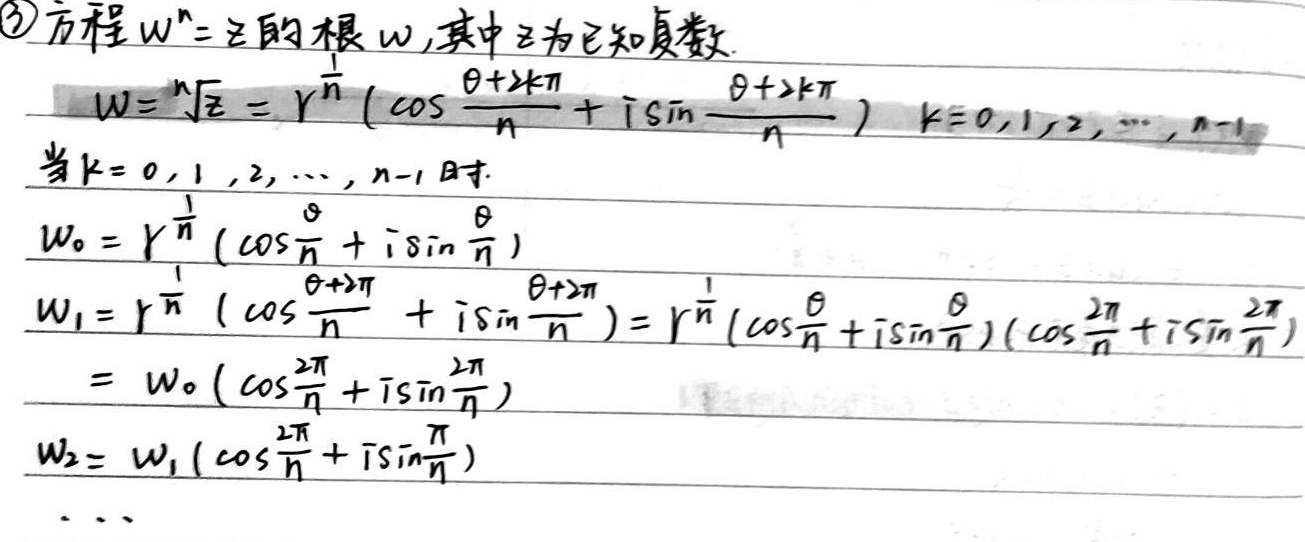
$\textcircled{3}$方程 \(w^{n}=z\) 的根 \(w\)，其中 \(z\) 为已知复数.
\[w = \sqrt[n]{z}=r^{\frac{1}{n}}\left(\cos\frac{\theta + 2k\pi}{n}+i\sin\frac{\theta + 2k\pi}{n}\right),k = 0,1,2,\cdots,n - 1\]
当 \(k = 0,1,2,\cdots,n - 1\) 时.
\[w_0=r^{\frac{1}{n}}\left(\cos\frac{\theta}{n}+i\sin\frac{\theta}{n}\right)\]
\[\begin{align*}w_1&=r^{\frac{1}{n}}\left(\cos\frac{\theta + 2\pi}{n}+i\sin\frac{\theta + 2\pi}{n}\right)\\&=r^{\frac{1}{n}}\left(\cos\frac{\theta}{n}+i\sin\frac{\theta}{n}\right)\left(\cos\frac{2\pi}{n}+i\sin\frac{2\pi}{n}\right)\\&=w_0\left(\cos\frac{2\pi}{n}+i\sin\frac{2\pi}{n}\right)\end{align*}\]
\[w_2 = w_1\left(\cos\frac{2\pi}{n}+i\sin\frac{2\pi}{n}\right)\]